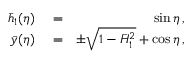
\begin{array} { r l r } { \bar { h } _ { 1 } ( \eta ) } & { { } = } & { \sin \eta \, , } \\ { \bar { y } ( \eta ) } & { { } = } & { \pm \sqrt { 1 - \bar { H } _ { 1 } ^ { 2 } } + \cos \eta \, , } \end{array}